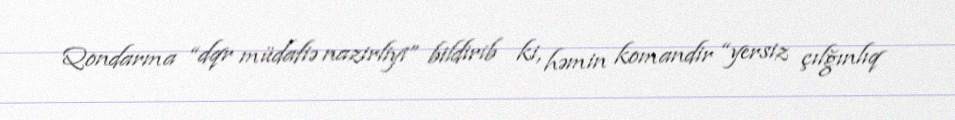
Qondarma “dqr müdafiə nazirliyi” bildirib ki, həmin komandir “yersiz çılğınlıq